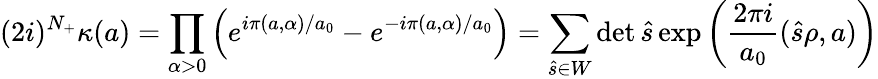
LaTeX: (2i)^{N_{+}}\kappa(a)=\prod_{\alpha>0}^{}\left(e^{i\pi(a,\alpha)/a_{0}}-e^{-i\pi(a,\alpha)/a_{0}}\right)=\sum_{\hat{s}\in W}^{}\operatorname*{det}\hat{s}\exp\left(\frac{2\pi i}{a_{0}}(\hat{s}\rho,a)\right)